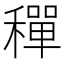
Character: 𬓿